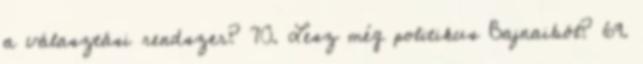
a választási rendszer? 70. Lesz még politikus Bajnaiból? 69.